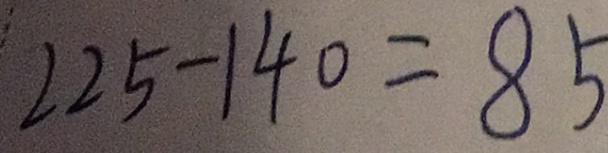
2 2 5 - 1 4 0 = 8 5